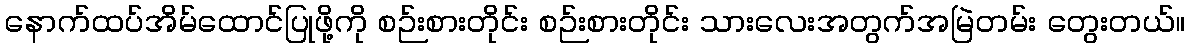
နောက်ထပ်အိမ်ထောင်ပြုဖို့ကို စဉ်းစားတိုင်း စဉ်းစားတိုင်း သားလေးအတွက်အမြဲတမ်း တွေးတယ်။